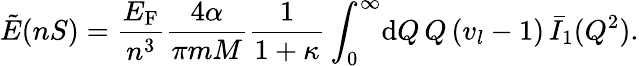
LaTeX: \tilde{E}(nS)=\frac{E_{\mathrm{F}}}{n^{3}}\frac{4\alpha}{\pi mM}\frac{1}{1+\kappa}\int_{0}^{\infty}\! \mathrm{d}Q\, Q\, (v_{l}-1)\, \bar{I}_{1}(Q^{2}).